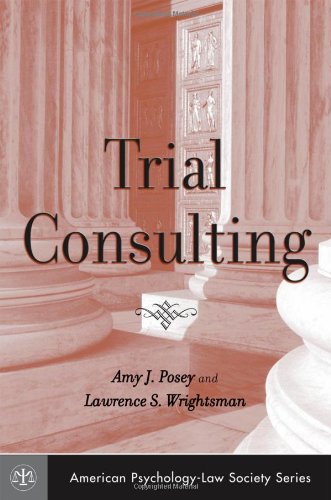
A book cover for Trial Consulting (American Psychology-Law Society Series); Amy J. Posey; Law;